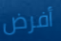
أفرض